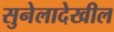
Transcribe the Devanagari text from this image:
सुनेलादेखील